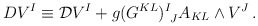
\begin{align*}DV^I\equiv {\cal D} V^I+g(G^{KL})^I_{~J}A_{KL}\wedge V^J\,.\end{align*}